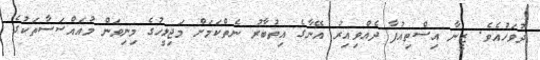
ދުވަހުއެވެ. ޒީނާ އިސްތިއުފާ ދެއްވިއިރު އޭނާގެ އިތުބާރު ނެތްކަމަށް މަޖިލީހުގެ މިނިވަން މުއައްސަސާތަކުގެ